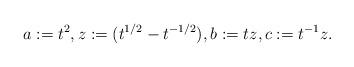
LaTeX: \begin{align*} a:= t^2, z:=(t^{1/2} - t^{-1/2}), b:= t z, c:= t^{-1} z. \end{align*}